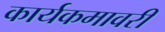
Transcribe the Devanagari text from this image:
कार्यकमावरी